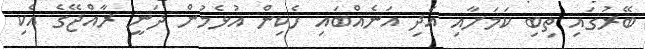
ބޭރުގައި ތިބި ކަމަށާއި އަދި އަނެއްބައި ހެކިން އުޅެމުން ދަނީ ރާއްޖޭގެ އެކި